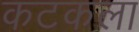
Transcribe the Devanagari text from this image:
कटकला